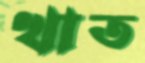
খাত